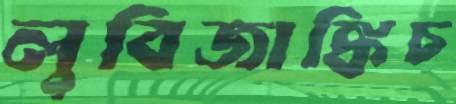
লুবিজাঙ্কিচ